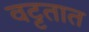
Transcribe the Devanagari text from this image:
वट्टतात